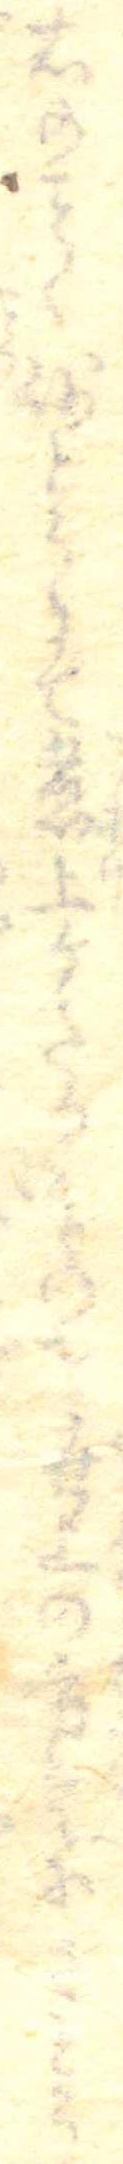
右のく砂とうにて煮上ケたるものを世上の方言にさとう